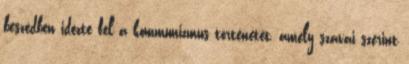
beszédben idézte fel a kommunizmus történetét, amely szavai szerint